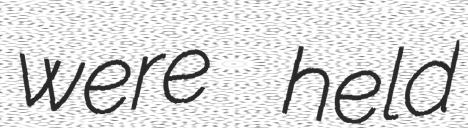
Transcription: were held